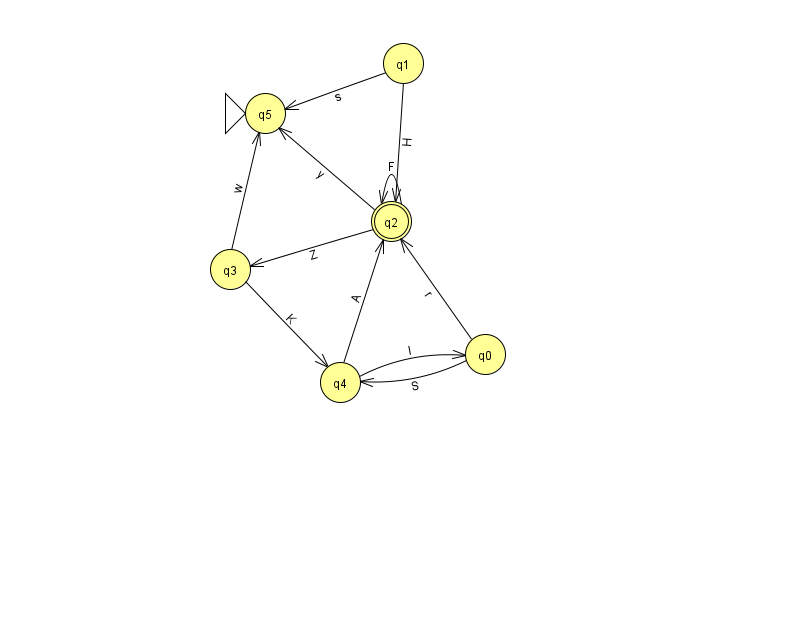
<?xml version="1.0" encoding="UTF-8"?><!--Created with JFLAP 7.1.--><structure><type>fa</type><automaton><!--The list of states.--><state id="0" name="q0"><x>485.0</x><y>341.0</y></state><state id="1" name="q1"><x>403.0</x><y>50.0</y></state><state id="2" name="q2"><x>391.0</x><y>208.0</y><final/></state><state id="3" name="q3"><x>230.0</x><y>256.0</y></state><state id="4" name="q4"><x>340.0</x><y>369.0</y></state><state id="5" name="q5"><x>265.0</x><y>100.0</y><initial/></state><!--The list of transitions.--><transition><from>1</from><to>2</to><read>H</read></transition><transition><from>4</from><to>0</to><read>I</read></transition><transition><from>0</from><to>2</to><read>r</read></transition><transition><from>1</from><to>5</to><read>s</read></transition><transition><from>3</from><to>4</to><read>K</read></transition><transition><from>2</from><to>2</to><read>F</read></transition><transition><from>2</from><to>5</to><read>y</read></transition><transition><from>3</from><to>5</to><read>w</read></transition><transition><from>0</from><to>4</to><read>S</read></transition><transition><from>2</from><to>3</to><read>Z</read></transition><transition><from>4</from><to>2</to><read>A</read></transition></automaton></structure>